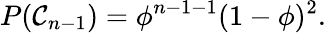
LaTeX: P(\mathcal C_{n-1})=\phi^{n-1-1}(1-\phi)^{2}.